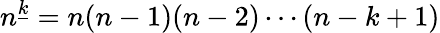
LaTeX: n^{\underline{{k}}}=n(n-1)(n-2)\cdots(n-k+1)